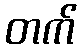
တက်